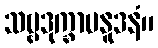
သဗ္ဗဒုက္ခာပနူဒနံ။